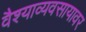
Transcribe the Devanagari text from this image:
वैश्याव्यवसायावर